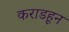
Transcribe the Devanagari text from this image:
कराडहून